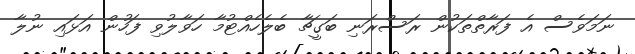
ނަމަވެސް އެ ފަރާތްތަކުން ރަސްރަނި ބަގީޗާ ބެލެހެއްޓުމާ ހަވާލުވި ފަހުން އަޅައި ނުލާ